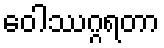
ဝေါဿဂ္ဂရတာ